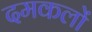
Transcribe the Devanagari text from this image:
दमकलों